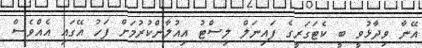
އޭނާ ވިދާޅުވީ ބީ ކެޓަގަރީގެ ފައިނަލް ލިސްޓު އިއުލާންކުރުމަށް ފަހު އޭގައި އެއްވެސް